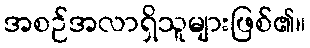
အစဉ်အလာရှိသူများဖြစ်၏။